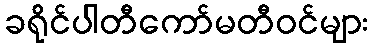
ခရိုင်ပါတီကော်မတီဝင်များ